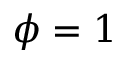
\phi = 1